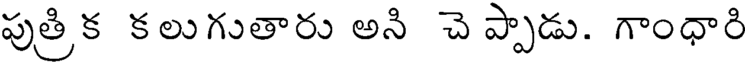
పుత్రిక కలుగుతారు అని చె ప్పాడు. గాంధారి